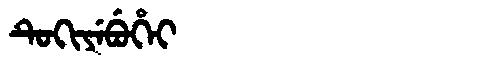
Manchu: ᡨᡠᡴᡳᠶᡝᠪᡠᡥᡝᡳ
Romanization: TUKIYEBUHEI